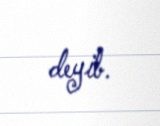
deyib.